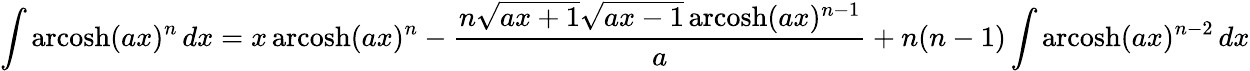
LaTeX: \int\operatorname{arcosh}(ax)^{n}\, dx=x\operatorname{arcosh}(ax)^{n}-{\frac{n{\sqrt{ax+1}}{\sqrt{ax-1}}\operatorname{arcosh}(ax)^{n-1}}{a}}+n(n-1)\int\operatorname{arcosh}(ax)^{n-2}\, dx